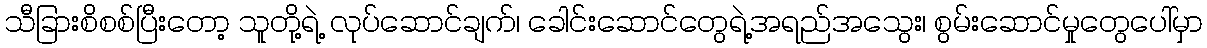
သီခြားစိစစ်ပြီးတော့ သူတို့ရဲ့ လုပ်ဆောင်ချက်၊ ခေါင်းဆောင်တွေရဲ့အရည်အသွေး၊ စွမ်းဆောင်မှုတွေပေါ်မှာ